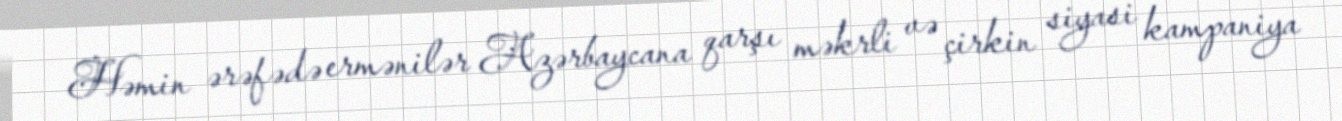
Həmin ərəfədə ermənilər Azərbaycana qarşı məkrli və çirkin siyasi kampaniya